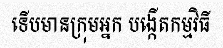
ទើបមានក្រុមអ្នក បង្កើតកម្មវិធី